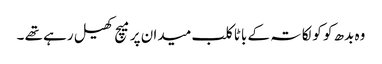
وہ بدھ کو کولکاتہ کے باٹا کلب میدان پر میچ کھیل رہے تھے ۔